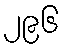
၂၉၆